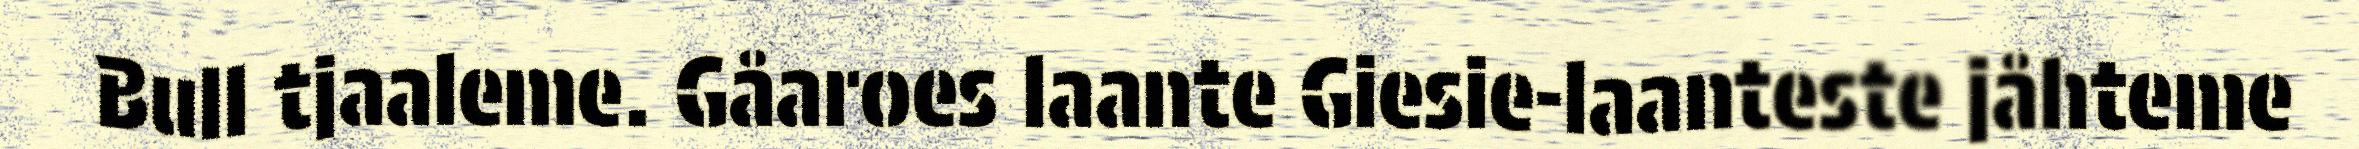
Bull tjaaleme. Gåaroes laante Giesie-laanteste jåhteme